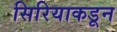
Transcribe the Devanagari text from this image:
सिरियाकडून